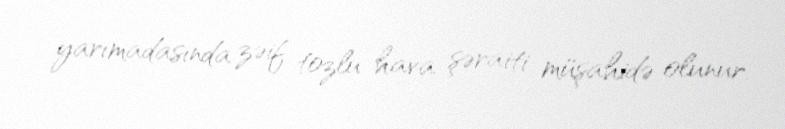
yarımadasında zəif tozlu hava şəraiti müşahidə olunur.